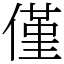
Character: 僅